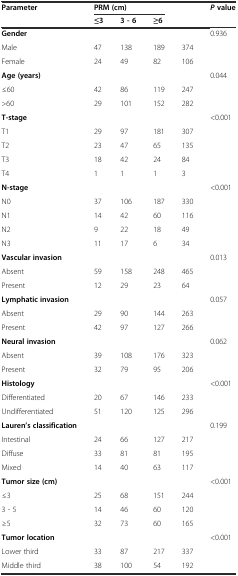
<table><thead><tr><td><b>Parameter</b></td><td colspan="3"><b>PRM (cm)</b></td><td>[EMPTY_CELL]</td><td><b><i>P</i>value</b></td></tr><tr><td>[EMPTY_CELL]</td><td><b>≤3</b></td><td><b>3 - 6</b></td><td><b>≥6</b></td><td>[EMPTY_CELL]</td><td>[EMPTY_CELL]</td></tr></thead><tbody><tr><td><b>Gender</b></td><td>[EMPTY_CELL]</td><td>[EMPTY_CELL]</td><td>[EMPTY_CELL]</td><td>[EMPTY_CELL]</td><td>0.936</td></tr><tr><td>Male</td><td>47</td><td>138</td><td>189</td><td>374</td><td>[EMPTY_CELL]</td></tr><tr><td>Female</td><td>24</td><td>49</td><td>82</td><td>106</td><td>[EMPTY_CELL]</td></tr><tr><td><b>Age (years)</b></td><td>[EMPTY_CELL]</td><td>[EMPTY_CELL]</td><td>[EMPTY_CELL]</td><td>[EMPTY_CELL]</td><td>0.044</td></tr><tr><td>≤60</td><td>42</td><td>86</td><td>119</td><td>247</td><td>[EMPTY_CELL]</td></tr><tr><td>&gt;60</td><td>29</td><td>101</td><td>152</td><td>282</td><td>[EMPTY_CELL]</td></tr><tr><td><b>T-stage</b></td><td>[EMPTY_CELL]</td><td>[EMPTY_CELL]</td><td>[EMPTY_CELL]</td><td>[EMPTY_CELL]</td><td>&lt;0.001</td></tr><tr><td>T1</td><td>29</td><td>97</td><td>181</td><td>307</td><td>[EMPTY_CELL]</td></tr><tr><td>T2</td><td>23</td><td>47</td><td>65</td><td>135</td><td>[EMPTY_CELL]</td></tr><tr><td>T3</td><td>18</td><td>42</td><td>24</td><td>84</td><td>[EMPTY_CELL]</td></tr><tr><td>T4</td><td>1</td><td>1</td><td>1</td><td>3</td><td>[EMPTY_CELL]</td></tr><tr><td><b>N-stage</b></td><td>[EMPTY_CELL]</td><td>[EMPTY_CELL]</td><td>[EMPTY_CELL]</td><td>[EMPTY_CELL]</td><td>&lt;0.001</td></tr><tr><td>N0</td><td>37</td><td>106</td><td>187</td><td>330</td><td>[EMPTY_CELL]</td></tr><tr><td>N1</td><td>14</td><td>42</td><td>60</td><td>116</td><td>[EMPTY_CELL]</td></tr><tr><td>N2</td><td>9</td><td>22</td><td>18</td><td>49</td><td>[EMPTY_CELL]</td></tr><tr><td>N3</td><td>11</td><td>17</td><td>6</td><td>34</td><td>[EMPTY_CELL]</td></tr><tr><td><b>Vascular invasion</b></td><td>[EMPTY_CELL]</td><td>[EMPTY_CELL]</td><td>[EMPTY_CELL]</td><td>[EMPTY_CELL]</td><td>0.013</td></tr><tr><td>Absent</td><td>59</td><td>158</td><td>248</td><td>465</td><td>[EMPTY_CELL]</td></tr><tr><td>Present</td><td>12</td><td>29</td><td>23</td><td>64</td><td>[EMPTY_CELL]</td></tr><tr><td><b>Lymphatic invasion</b></td><td>[EMPTY_CELL]</td><td>[EMPTY_CELL]</td><td>[EMPTY_CELL]</td><td>[EMPTY_CELL]</td><td>0.057</td></tr><tr><td>Absent</td><td>29</td><td>90</td><td>144</td><td>263</td><td>[EMPTY_CELL]</td></tr><tr><td>Present</td><td>42</td><td>97</td><td>127</td><td>266</td><td>[EMPTY_CELL]</td></tr><tr><td><b>Neural invasion</b></td><td>[EMPTY_CELL]</td><td>[EMPTY_CELL]</td><td>[EMPTY_CELL]</td><td>[EMPTY_CELL]</td><td>0.062</td></tr><tr><td>Absent</td><td>39</td><td>108</td><td>176</td><td>323</td><td>[EMPTY_CELL]</td></tr><tr><td>Present</td><td>32</td><td>79</td><td>95</td><td>206</td><td>[EMPTY_CELL]</td></tr><tr><td><b>Histology</b></td><td>[EMPTY_CELL]</td><td>[EMPTY_CELL]</td><td>[EMPTY_CELL]</td><td>[EMPTY_CELL]</td><td>&lt;0.001</td></tr><tr><td>Differentiated</td><td>20</td><td>67</td><td>146</td><td>233</td><td>[EMPTY_CELL]</td></tr><tr><td>Undifferentiated</td><td>51</td><td>120</td><td>125</td><td>296</td><td>[EMPTY_CELL]</td></tr><tr><td><b>Lauren’s classification</b></td><td>[EMPTY_CELL]</td><td>[EMPTY_CELL]</td><td>[EMPTY_CELL]</td><td>[EMPTY_CELL]</td><td>0.199</td></tr><tr><td>Intestinal</td><td>24</td><td>66</td><td>127</td><td>217</td><td>[EMPTY_CELL]</td></tr><tr><td>Diffuse</td><td>33</td><td>81</td><td>81</td><td>195</td><td>[EMPTY_CELL]</td></tr><tr><td>Mixed</td><td>14</td><td>40</td><td>63</td><td>117</td><td>[EMPTY_CELL]</td></tr><tr><td><b>Tumor size (cm)</b></td><td>[EMPTY_CELL]</td><td>[EMPTY_CELL]</td><td>[EMPTY_CELL]</td><td>[EMPTY_CELL]</td><td>&lt;0.001</td></tr><tr><td>≤3</td><td>25</td><td>68</td><td>151</td><td>244</td><td>[EMPTY_CELL]</td></tr><tr><td>3 - 5</td><td>14</td><td>46</td><td>60</td><td>120</td><td>[EMPTY_CELL]</td></tr><tr><td>≥5</td><td>32</td><td>73</td><td>60</td><td>165</td><td>[EMPTY_CELL]</td></tr><tr><td><b>Tumor location</b></td><td>[EMPTY_CELL]</td><td>[EMPTY_CELL]</td><td>[EMPTY_CELL]</td><td>[EMPTY_CELL]</td><td>&lt;0.001</td></tr><tr><td>Lower third</td><td>33</td><td>87</td><td>217</td><td>337</td><td>[EMPTY_CELL]</td></tr><tr><td>Middle third</td><td>38</td><td>100</td><td>54</td><td>192</td><td>[EMPTY_CELL]</td></tr></tbody></table>